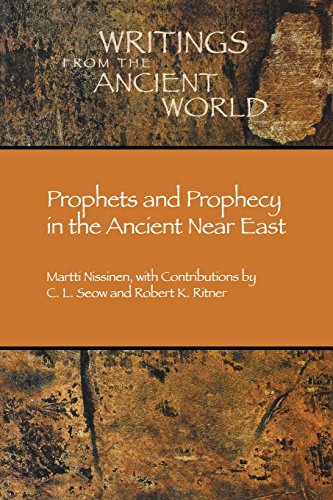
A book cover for Prophets and Prophecy in the Ancient Near East (Writings from the Ancient World) (Writings from the Ancient World); Martti Nissinen; Christian Books & Bibles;